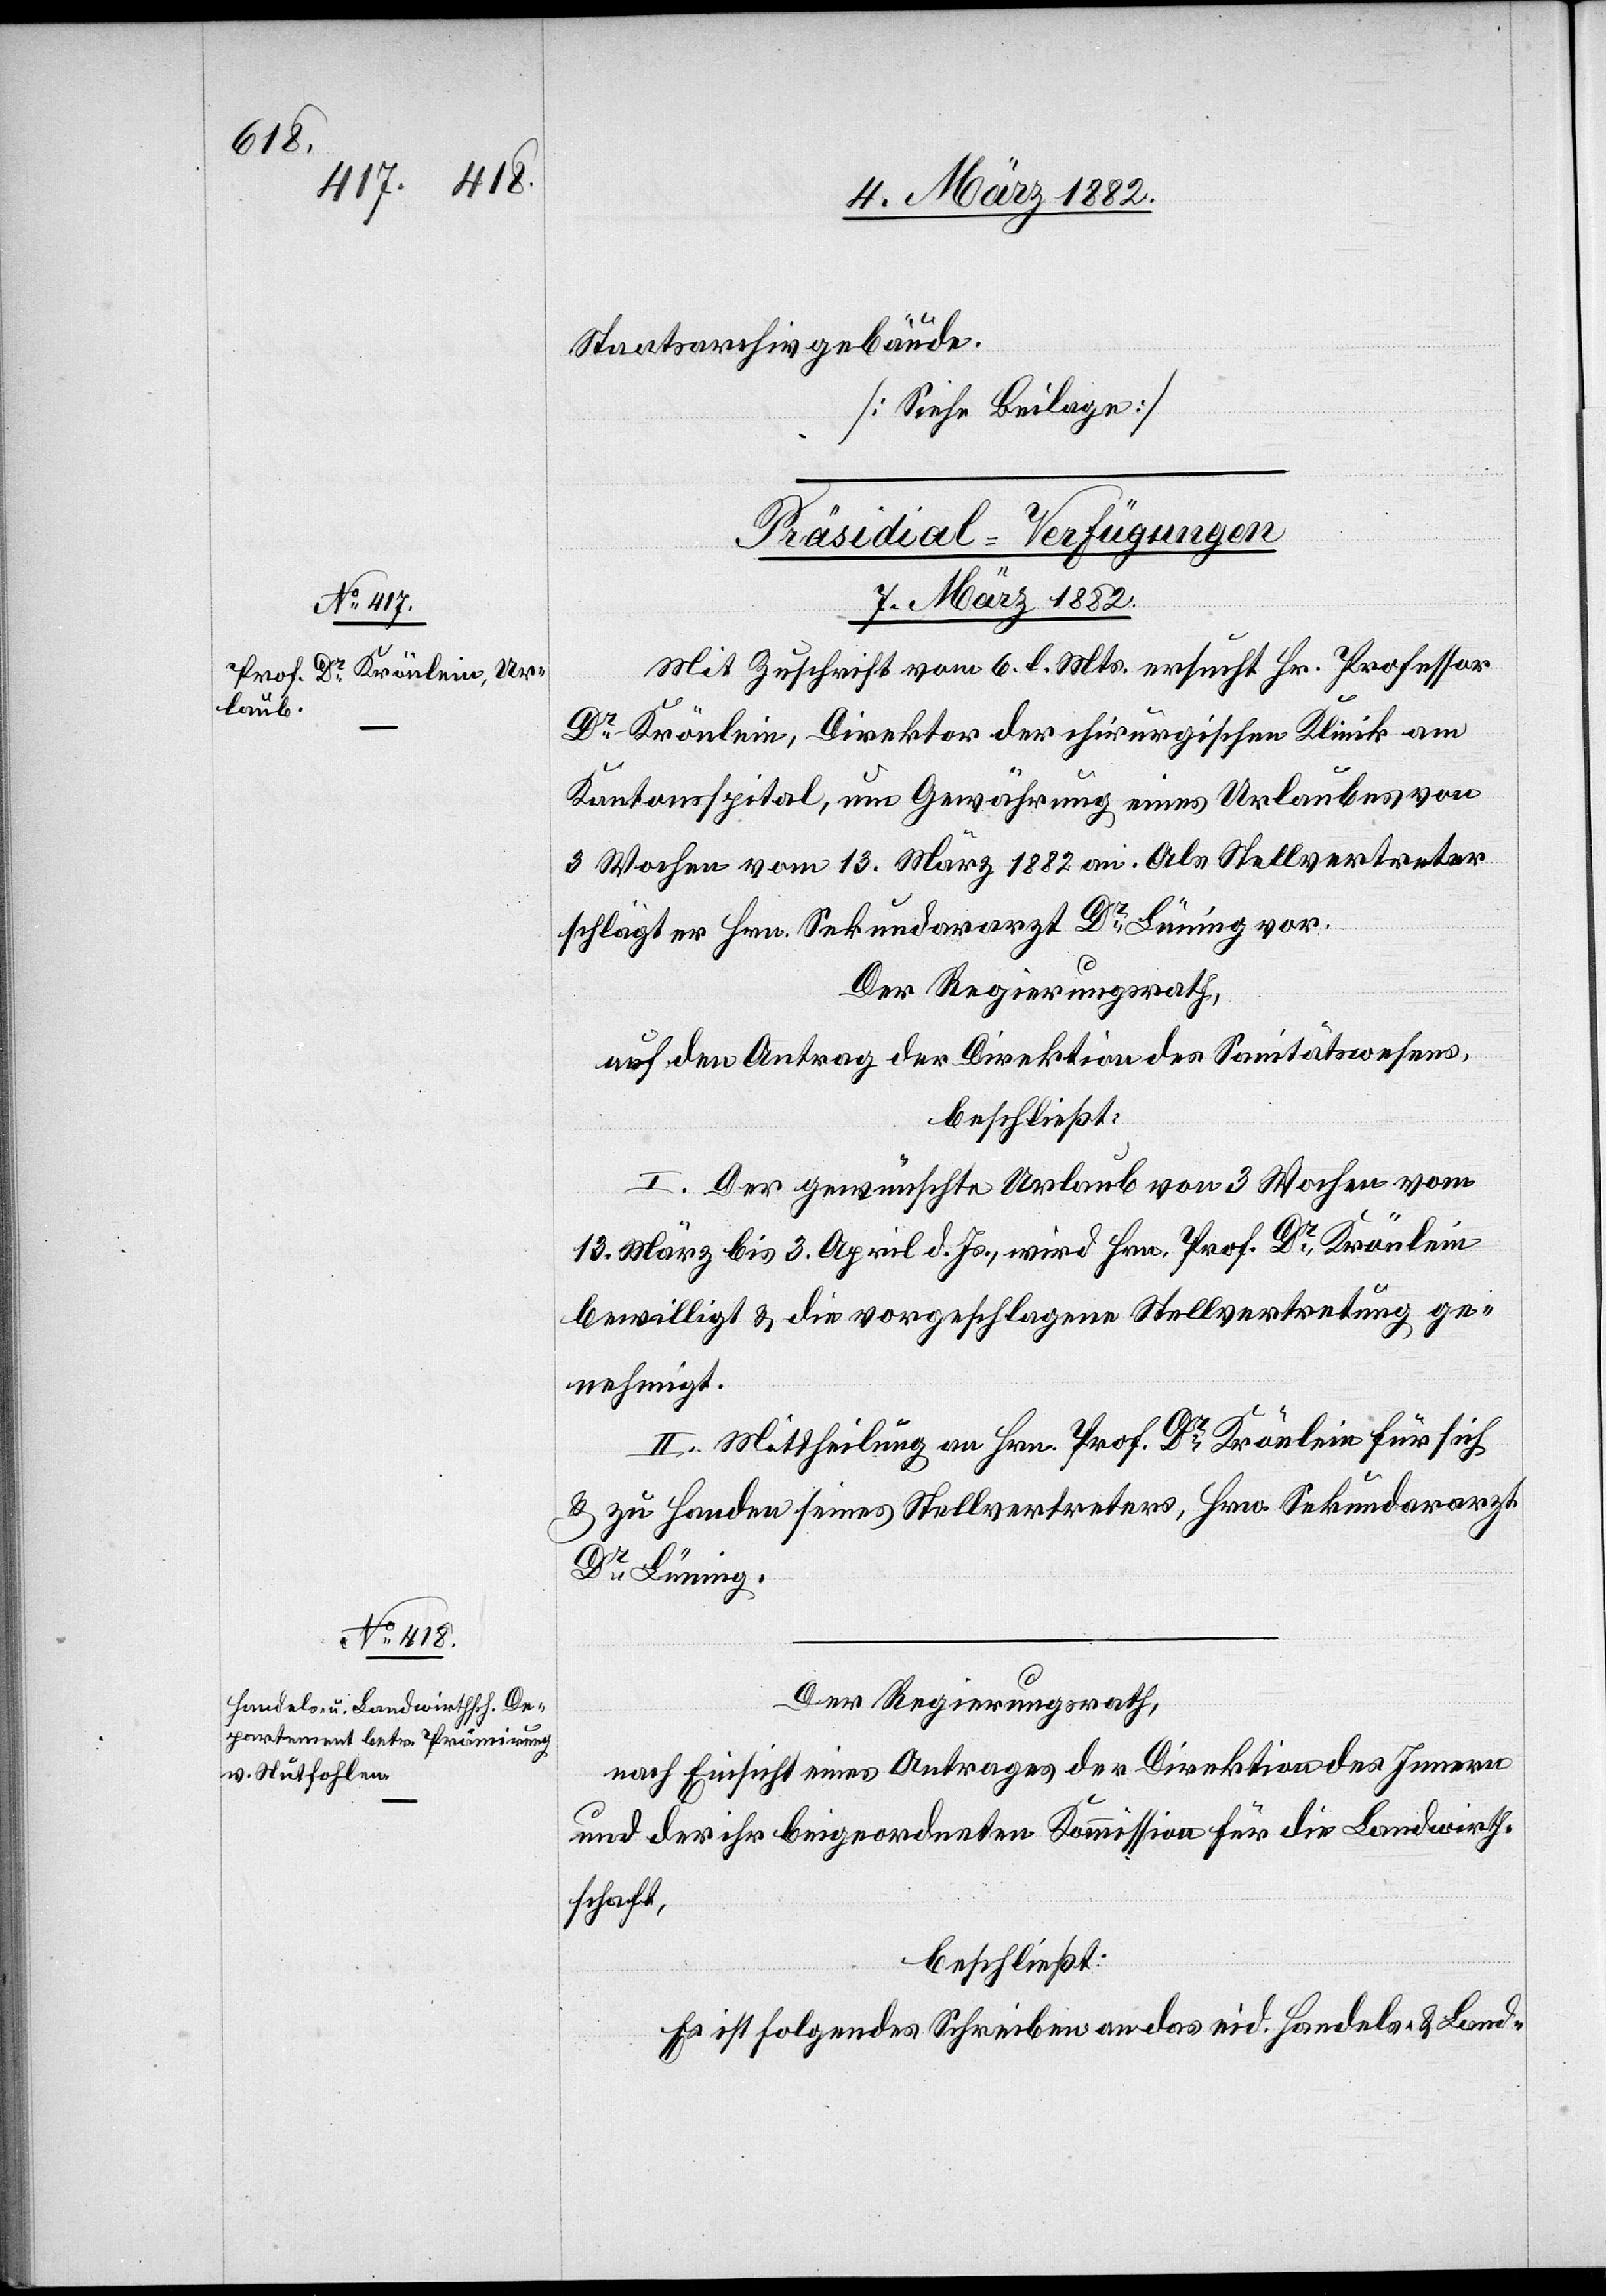
Staatsarchivgebäude.
[Siehe Beilage]
[Präsidial-Verfügungen
7. März 1882.]
Mit Zuschrift vom 6. l. Mts. ersucht Hr. Professor
Dr Krönlein, Direktor der chirurgischen Klinik am
Kantonsspital, um Gewährung eines Urlaubes von
3 Wochen vom 13. März 1882 an. Als Stellvertreter
schlägt er Hrn. Sekundararzt Dr Lüning vor.
Der Regierungsrath,
auf den Antrag der Direktion des Sanitätswesens,
beschließt:
I. Der gewünschte Urlaub von 3 Wochen vom
13. März bis 3. April d. Js., wird Hrn. Prof. Dr Krönlein
bewilligt & die vorgeschlagene Stellvertretung ge¬
nehmigt.
II. Mittheilung an Hrn. Prof. Dr Krönlein für sich
& zu Handen seines Stellvertreters, Hrn. Sekundararzt
Dr Lüning.
Der Regierungsrath,
nach Einsicht eines Antrages der Direktion des Innern
und der ihr beigeordneten Kommission für die Landwirth¬
schaft,
beschließt:
Es ist folgendes Schreiben an das eid. Handels- & Land-